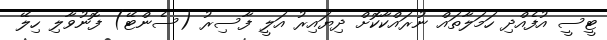
ޓީސީ އުފެއްދި ހަމަލާތައް ނުރައްކާކޮށް ދިޔައިރު އަލީ ފާސިރު (ސެންޓޭ) ފޮނުވާލި ހިލޭ